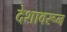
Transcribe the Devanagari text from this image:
देशावरून